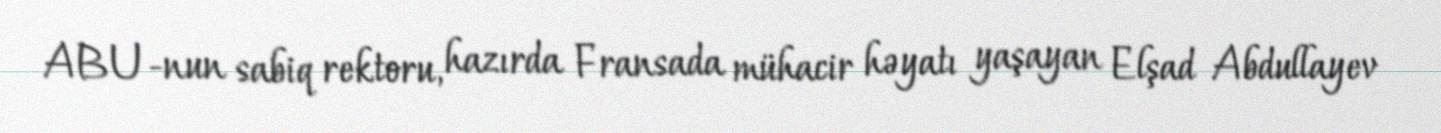
ABU-nun sabiq rektoru, hazırda Fransada mühacir həyatı yaşayan Elşad Abdullayev